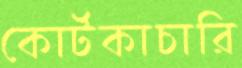
কোর্টকাচারি